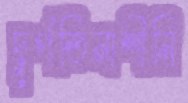
দুর্গতিনাশীনি